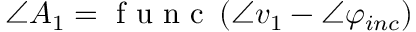
\angle A _ { 1 } = \mathrm { ~ f ~ u ~ n ~ c ~ } \left( \angle v _ { 1 } - \angle \varphi _ { i n c } \right)